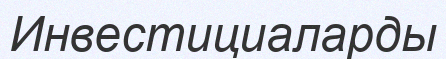
Инвестициаларды